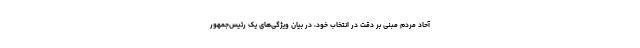
آحاد مردم مبنی بر دقت در انتخاب خود، در بیان ویژگی‌های یک رئیس‌جمهور